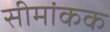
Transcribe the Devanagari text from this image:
सीमांकक